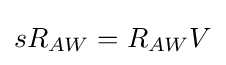
sR_{AW}={R_{AW}}{V}